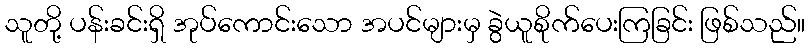
သူတို့ ပန်းခင်းရှိ အုပ်ကောင်းသော အပင်များမှ ခွဲယူစိုက်ပေးကြခြင်း ဖြစ်သည်။